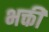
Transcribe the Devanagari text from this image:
भक्तीं